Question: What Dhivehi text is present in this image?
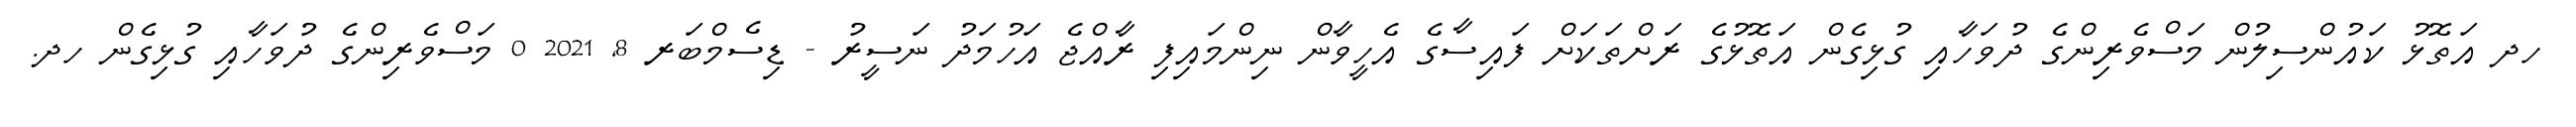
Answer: ހދ އަތޮޅު ކައުންސިލުން މަސްވެރިންގެ ދުވަހާއި ގުޅިގެން އަތޮޅުގެ ރަށްތަކަށް ފައިސާގެ އެހީވާން ނިންމައިފި ރާއްޖެ އަހުމަދު ނަސީރު - ޑިސެމްބަރ 8, 2021 0 މަސްވެރިންގެ ދުވަހާއި ގުޅިގެން ހދ.